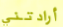
أرادتني